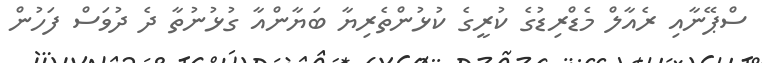
ސްޕޭނާއި ރެއާލް މެޑްރިޑުގެ ކުރީގެ ކުޅުންތެރިޔާ ބަޔާންއާ ގުޅުނުތާ ދެ ދުވަސް ފަހުން